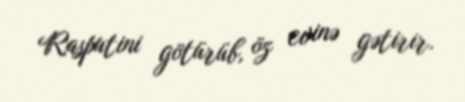
Rasputini götürüb, öz evinə gətirir.